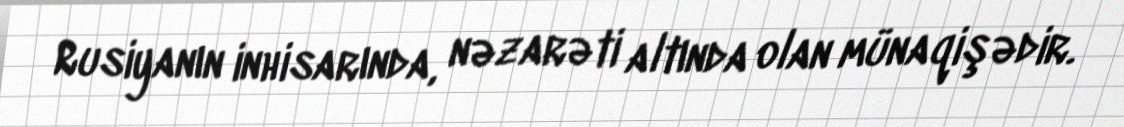
Rusiyanın inhisarında, nəzarəti altında olan münaqişədir.